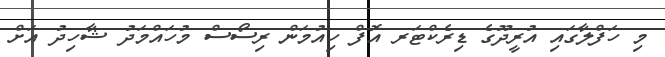
މި ހަފްލާގައި އުރީދޫގެ ޑިރެކްޓަރ އޮފް ހިއުމަން ރިސޯސް މުހައްމަދު ޝާހިދު އަށް